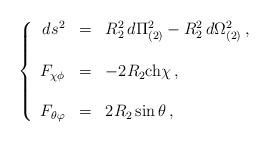
LaTeX: \begin{align*}\left\{ \begin{array}{rcl}ds^{2} & = & R_{2}^{2}\, d\Pi_{(2)}^{2} -R_{2}^{2}\, d\Omega_{(2)}^{2}\, , \\& & \\F_{\chi\phi} & = & -2 R_{2} {\rm ch}\chi\, ,\\& & \\F_{\theta\varphi} & = & 2R_{2}\sin{\theta}\, ,\\ \end{array}\right.\end{align*}